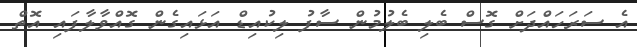
އެ ސަރަހައްދަށް ގޮސް ބެލި ބެލުމުން ސާފު ލިކުއިޑް އަޅައިގެން ގޮއްވާލާފައި އޮތް